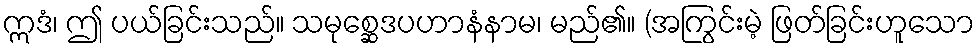
ဣဒံ၊ ဤ ပယ်ခြင်းသည်။ သမုစ္ဆေဒပဟာနံနာမ၊ မည်၏။ (အကြွင်းမဲ့ ဖြတ်ခြင်းဟူသော